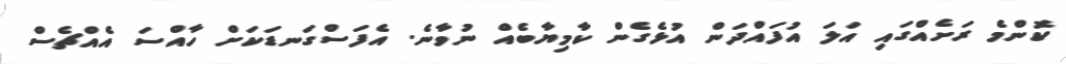
ކޮންމެ ރަށެއްގައި އަލަ އުފައްދަން އުޅެގެން ކާމިޔާބެއް ނުވާނެ. އެފަސްގަނޑަކަށް ހާއްސަ އެއްޗެސް